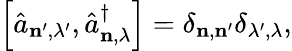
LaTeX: \left[\hat{a}_{\mathbf{n}^{\prime},\lambda^{\prime}},\hat{a}_{\mathbf{n},\lambda}^{\dagger}\right]=\delta_{\mathbf{n},\mathbf{n}^{\prime}}\delta_{\lambda^{\prime},\lambda},